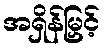
အရှိန်မြှင့်